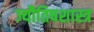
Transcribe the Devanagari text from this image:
ज्यौतिषशास्त्र